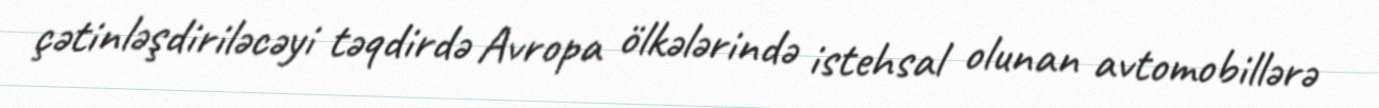
çətinləşdiriləcəyi təqdirdə Avropa ölkələrində istehsal olunan avtomobillərə